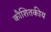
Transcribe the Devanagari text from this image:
कौशितकीय